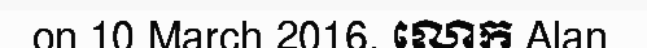
on 10 March 2016. លោក Alan